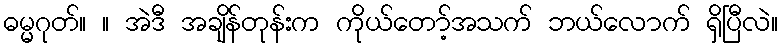
ဓမ္မဂုတ်။ ။ အဲဒီ အချိန်တုန်းက ကိုယ်တော့်အသက် ဘယ်လောက် ရှိပြီလဲ။